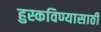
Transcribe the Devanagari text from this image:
हुस्कविण्यासाठी